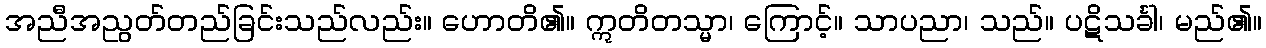
အညီအညွတ်တည်ခြင်းသည်လည်း။ ဟောတိ၏။ ဣတိတသ္မာ၊ ကြောင့်။ သာပညာ၊ သည်။ ပဋိသင်္ခါ၊ မည်၏။